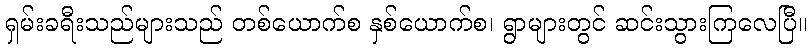
ရှမ်းခရီးသည်များသည် တစ်ယောက်စ နှစ်ယောက်စ၊ ရွာများတွင် ဆင်းသွားကြလေပြီ။